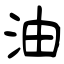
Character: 油